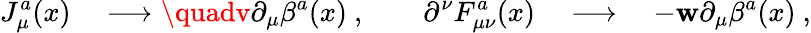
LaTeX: J_{\mu}^{a}(x)\quad\longrightarrow\quadv\partial_{\mu}\beta^{a}(x)\ ,\qquad\partial^{\nu}F_{\mu\nu}^{a}(x)\quad\longrightarrow\quad-\mathbf{w}\partial_{\mu}\beta^{a}(x)\ ,